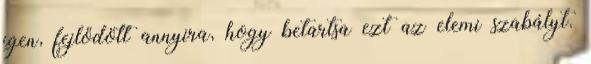
igen, fejlődött annyira, hogy betartsa ezt az elemi szabályt.